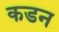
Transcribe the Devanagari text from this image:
कडन